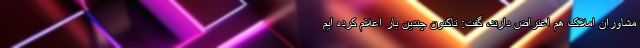
مشاوران املاک هم اعتراض دارند، گفت: تاکنون چندین بار اعلام کرده ایم